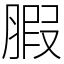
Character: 腵